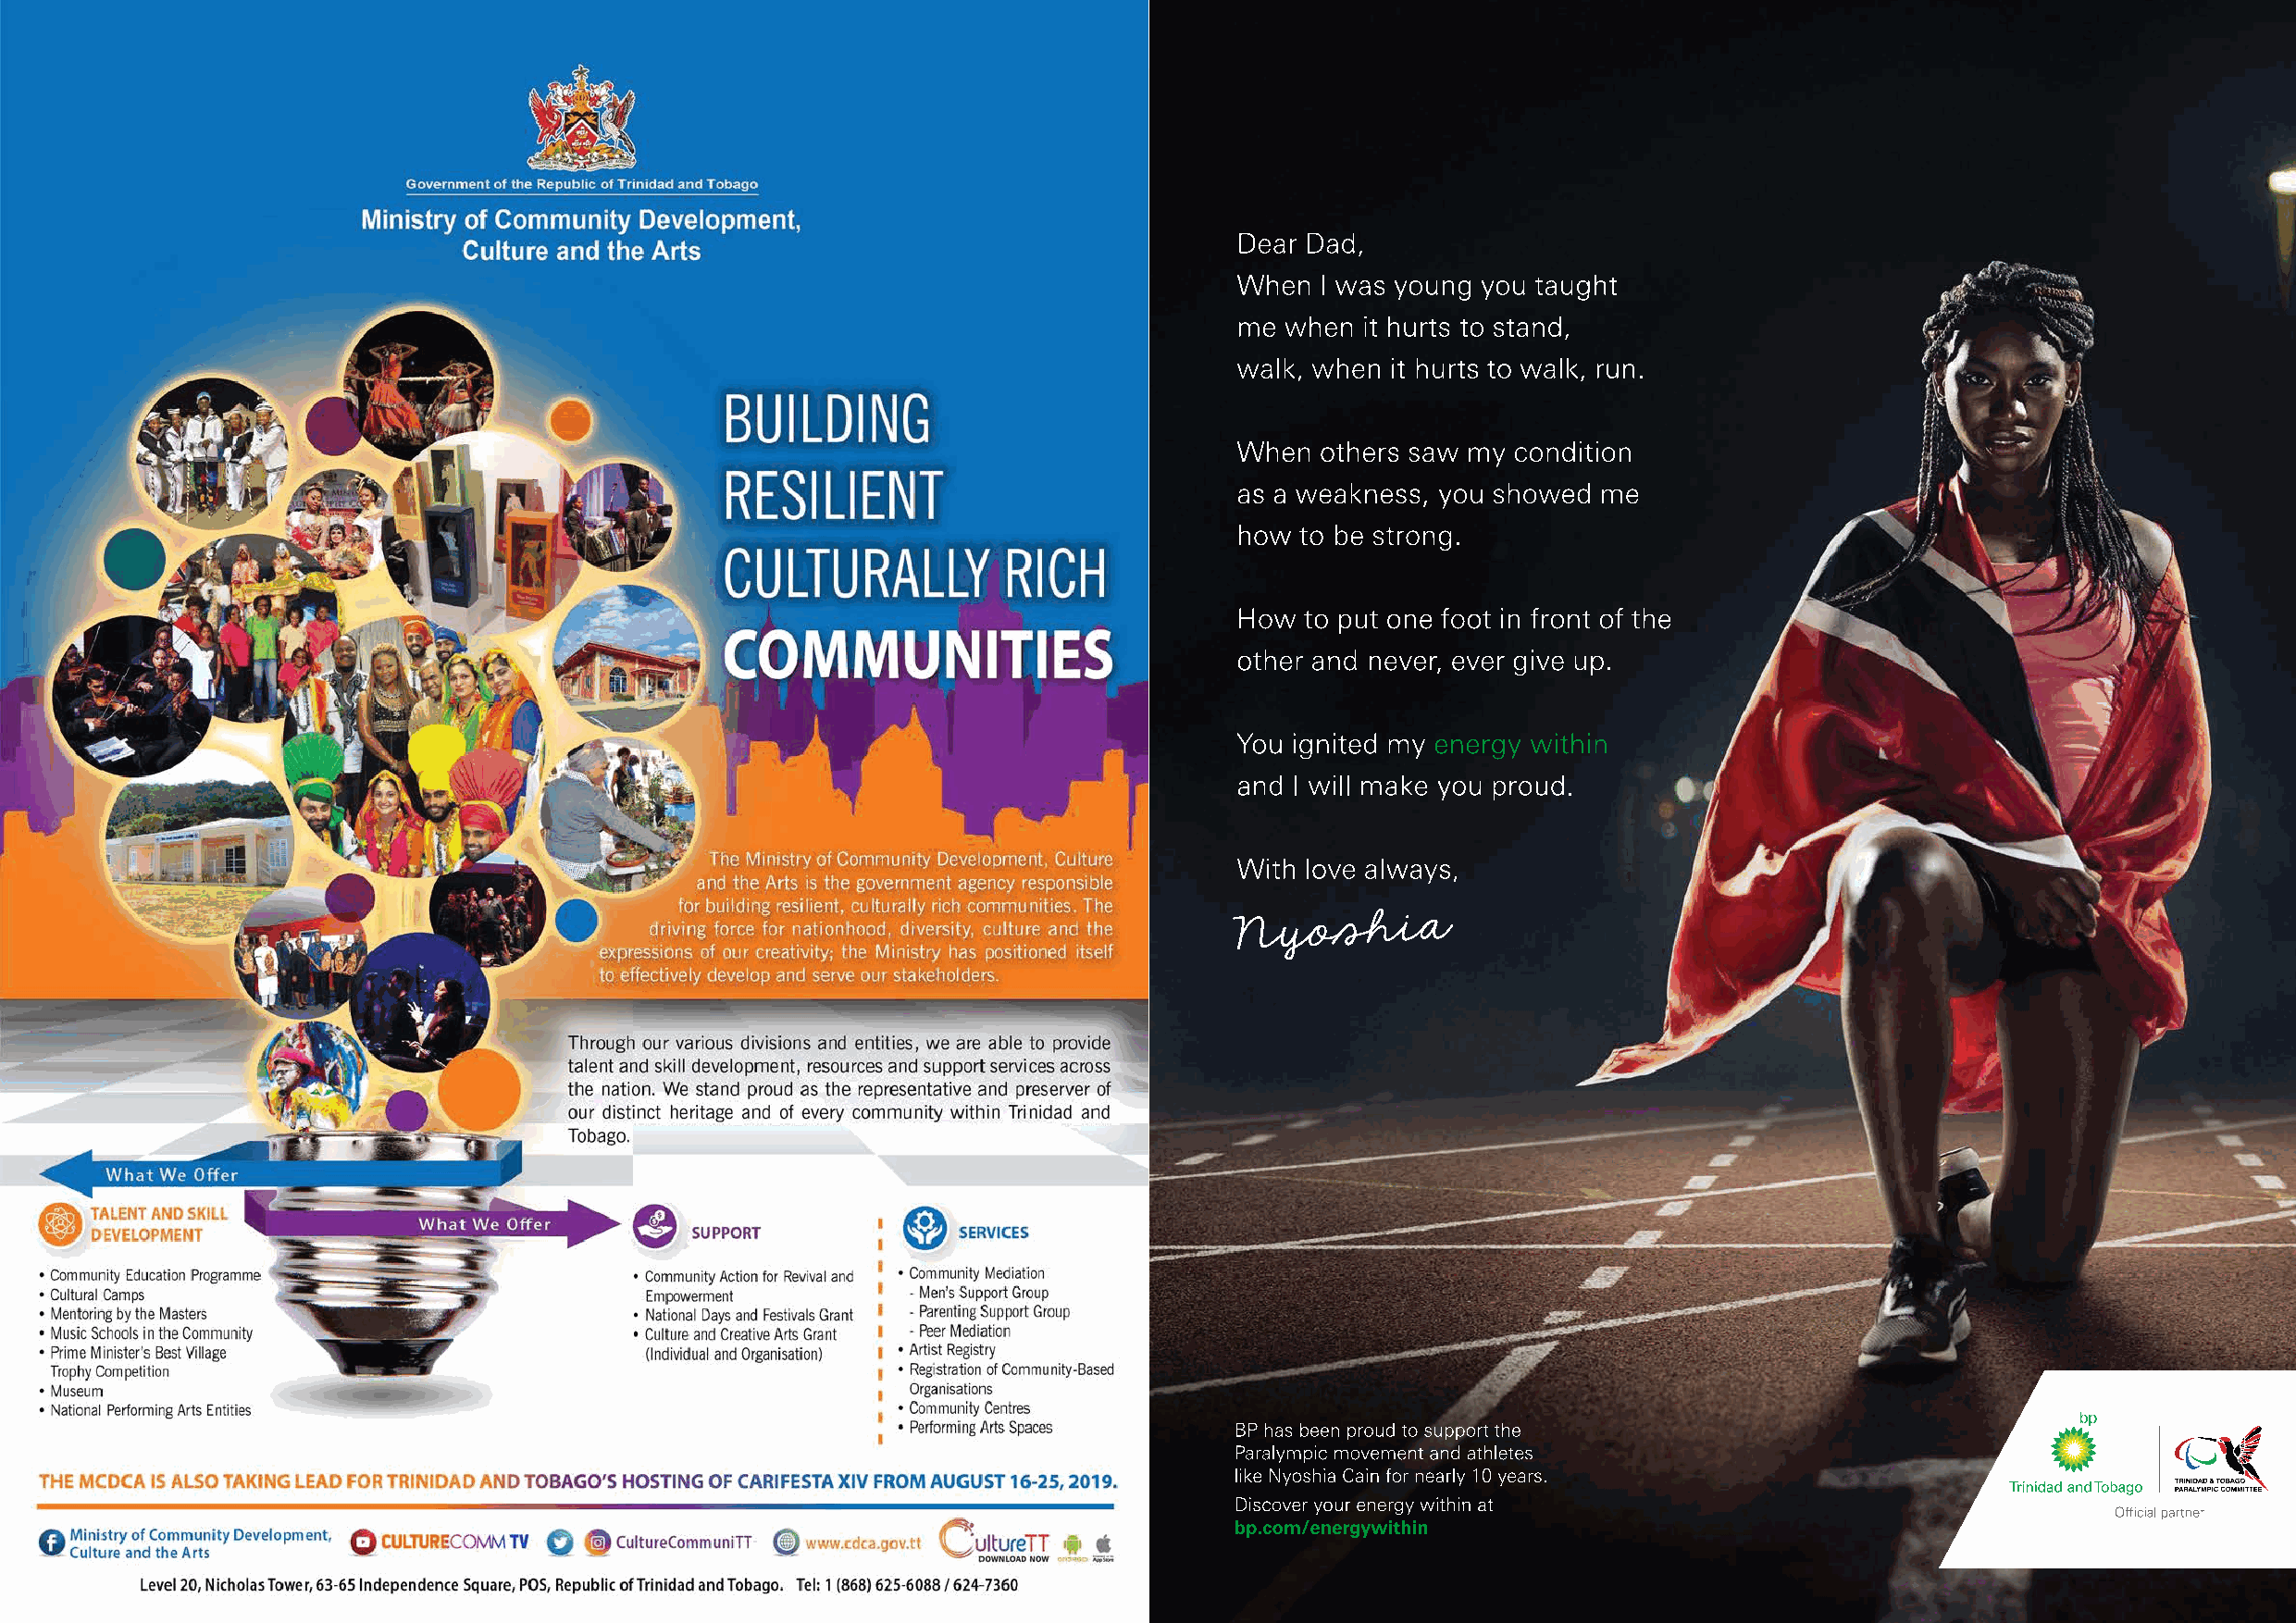
ttttffff//1188 ffeessttiivvaall gguuiiddee                                                                                                             lloovvee.. fifillmm..
 22    1188--2255 sseepptteemmbbeerr                                                                                                            ttttfifillmmffeessttiivvaall..ccoomm 33